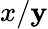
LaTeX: x/\mathbf{y}